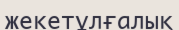
жекетұлғалық